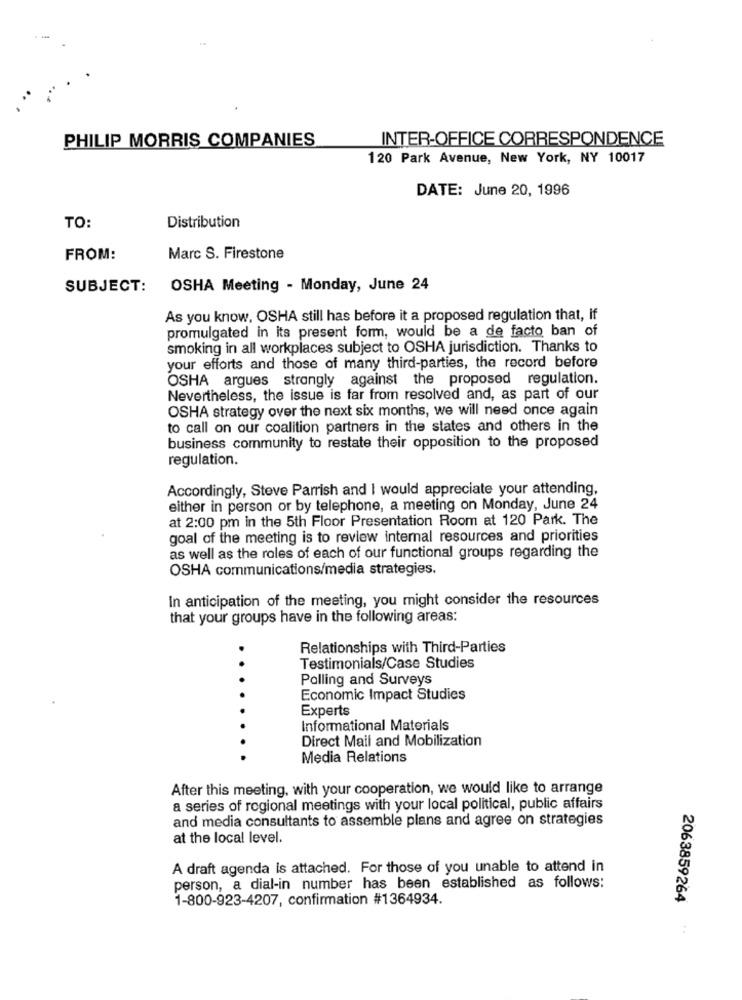
PHILIP MORRIS COMPANIES
INTER-OFFICE CORRESPONDENCE
120 Park Avenue, New York, NY 10017
DATE: June 20, 1996
TO:
Distribution
FROM:
Marc S. Firestone
SUBJECT:
OSHA Meeting - Monday, June 24
As you know, OSHA still has before it a proposed regulation that, if
promulgated in its present form, would be a de facto ban of
smoking in all workplaces subject to OSHA jurisdiction. Thanks to
your efforts and those of many third-parties, the record before
OSHA argues strongly against the proposed regulation.
Nevertheless, the issue is far from resolved and, as part of our
OSHA strategy over the next six months, we will need once again
to call on our coalition partners in the states and others in the
business community to restate their opposition to the proposed
regulation.
Accordingly, Steve Parrish and I would appreciate your attending,
either in person or by telephone, a meeting on Monday, June 24
at 2:00 pm in the 5th Floor Presentation Room at 120 Park. The
goal of the meeting is to review internal resources and priorities
as well as the roles of each of our functional groups regarding the
OSHA communications/media strategies.
In anticipation of the meeting, you might consider the resources
that your groups have in the following areas:
Relationships with Third-Parties
Testimonials/Case Studies
Polling and Surveys
Economic Impact Studies
Experts
Informational Materials
Direct Mail and Mobilization
Media Relations
After this meeting, with your cooperation, we would like to arrange
a series of regional meetings with your local political, public affairs
and media consultants to assemble plans and agree on strategies
at the local level.
A draft agenda is attached. For those of you unable to attend in
person, a dial-in number has been established as follows:
1-800-923-4207, confirmation #1364934.
2063859264